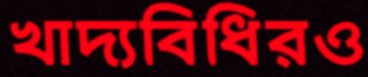
খাদ্যবিধিরও